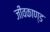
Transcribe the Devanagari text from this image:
जीवकाण्ड